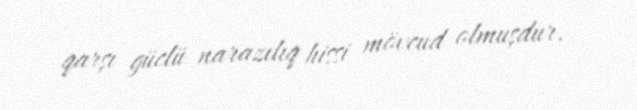
qarşı güclü narazılıq hissi mövcud olmuşdur.